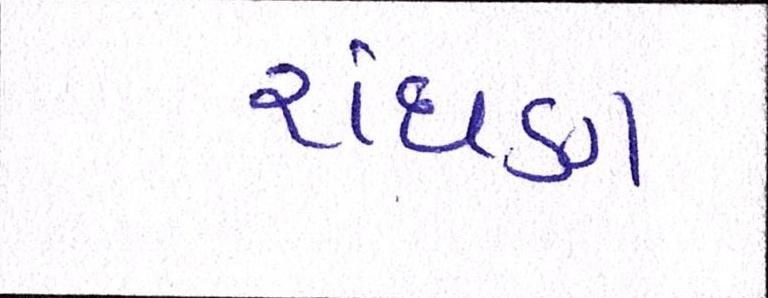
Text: રાંધણ